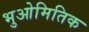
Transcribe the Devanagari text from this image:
भुओमितिक